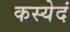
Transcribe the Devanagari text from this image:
कस्येदं